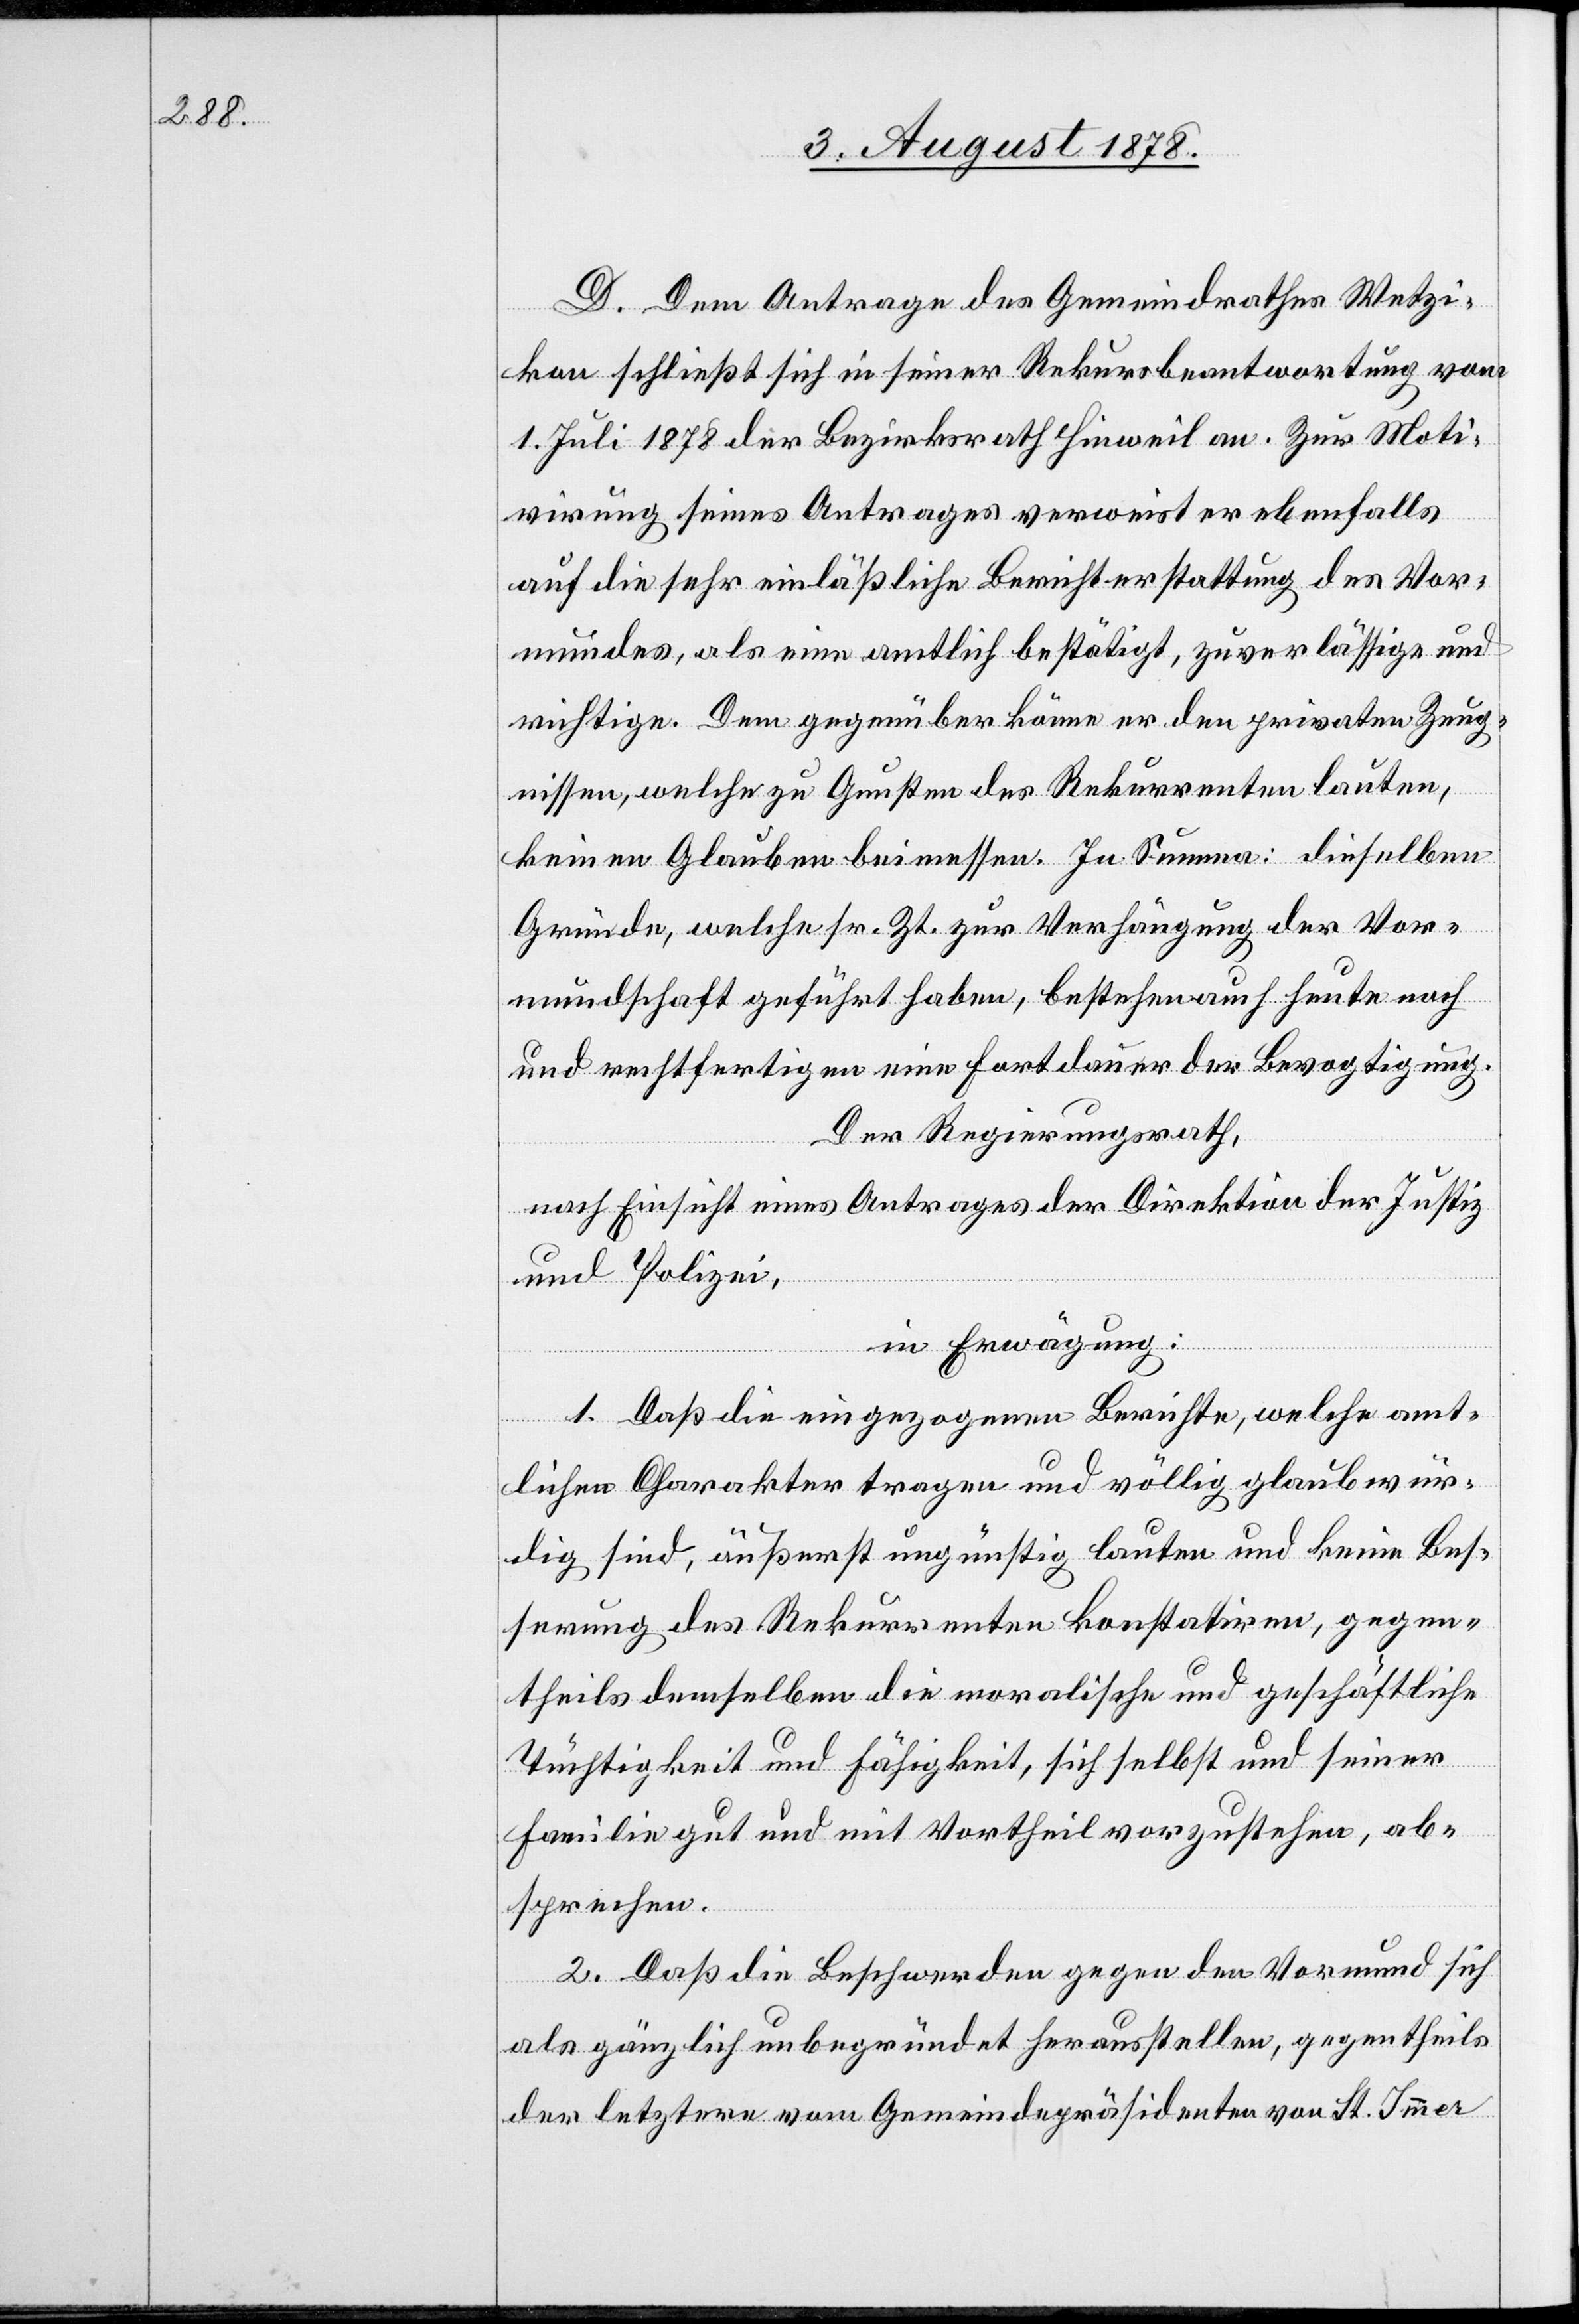
D. Dem Antrage des Gemeindrathes Wetzi¬
kon schließt sich in seiner Rekursbeantwortung vom
1. Juli 1878 der Bezirksrath Hinweil an. Zur Moti¬
virung seines Antrages verweist er ebenfalls
auf die sehr einläßliche Berichterstattung des Vor¬
mundes, als eine amtlich bestätigt, zuverlässige und
richtige. Dem gegenüber könne er den privaten Zeug¬
nissen, welche zu Gunsten des Rekurrenten lauten,
keinen Glauben beimessen. In Summa: dieselben
Gründe, welche sr. Zt. zur Verhängung der Vor¬
mundschaft geführt haben, bestehen auch heute noch
und rechtfertigen eine Fortdauer der Bevogtigung.
Der Regierungsrath,
nach Einsicht eines Antrages der Direktion der Justiz
und Polizei,
in Erwägung:
1. Daß die eingezogenen Berichte, welche amt¬
lichen Charakter tragen und völlig glaubwür¬
dig sind, äußerst ungünstig lauten und keine Bes¬
serung des Rekurrenten konstatiren, gegen¬
theils demselben die monatliche und geschäftliche
Tüchtigkeit und Fähigkeit, sich selbst und seiner
Familie gut und mit Vortheil vorzustehen, ab¬
sprechen.
2. Daß die Beschwerden gegen den Vormund sich
als gänzlich unbegründet herausstellen, gegentheils
der letztern vom Gemeindepräsidenten von St. Immer